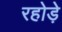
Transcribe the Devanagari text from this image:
रहोड़े